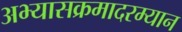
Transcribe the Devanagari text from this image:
अभ्यासक्रमादरम्यान